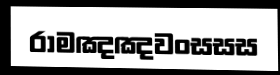
රාමඤඤවංසසස